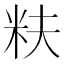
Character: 𬖐